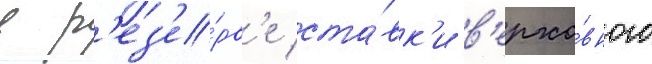
в р'ез'е́рв'е ста́вк'и в'ерхо́вного